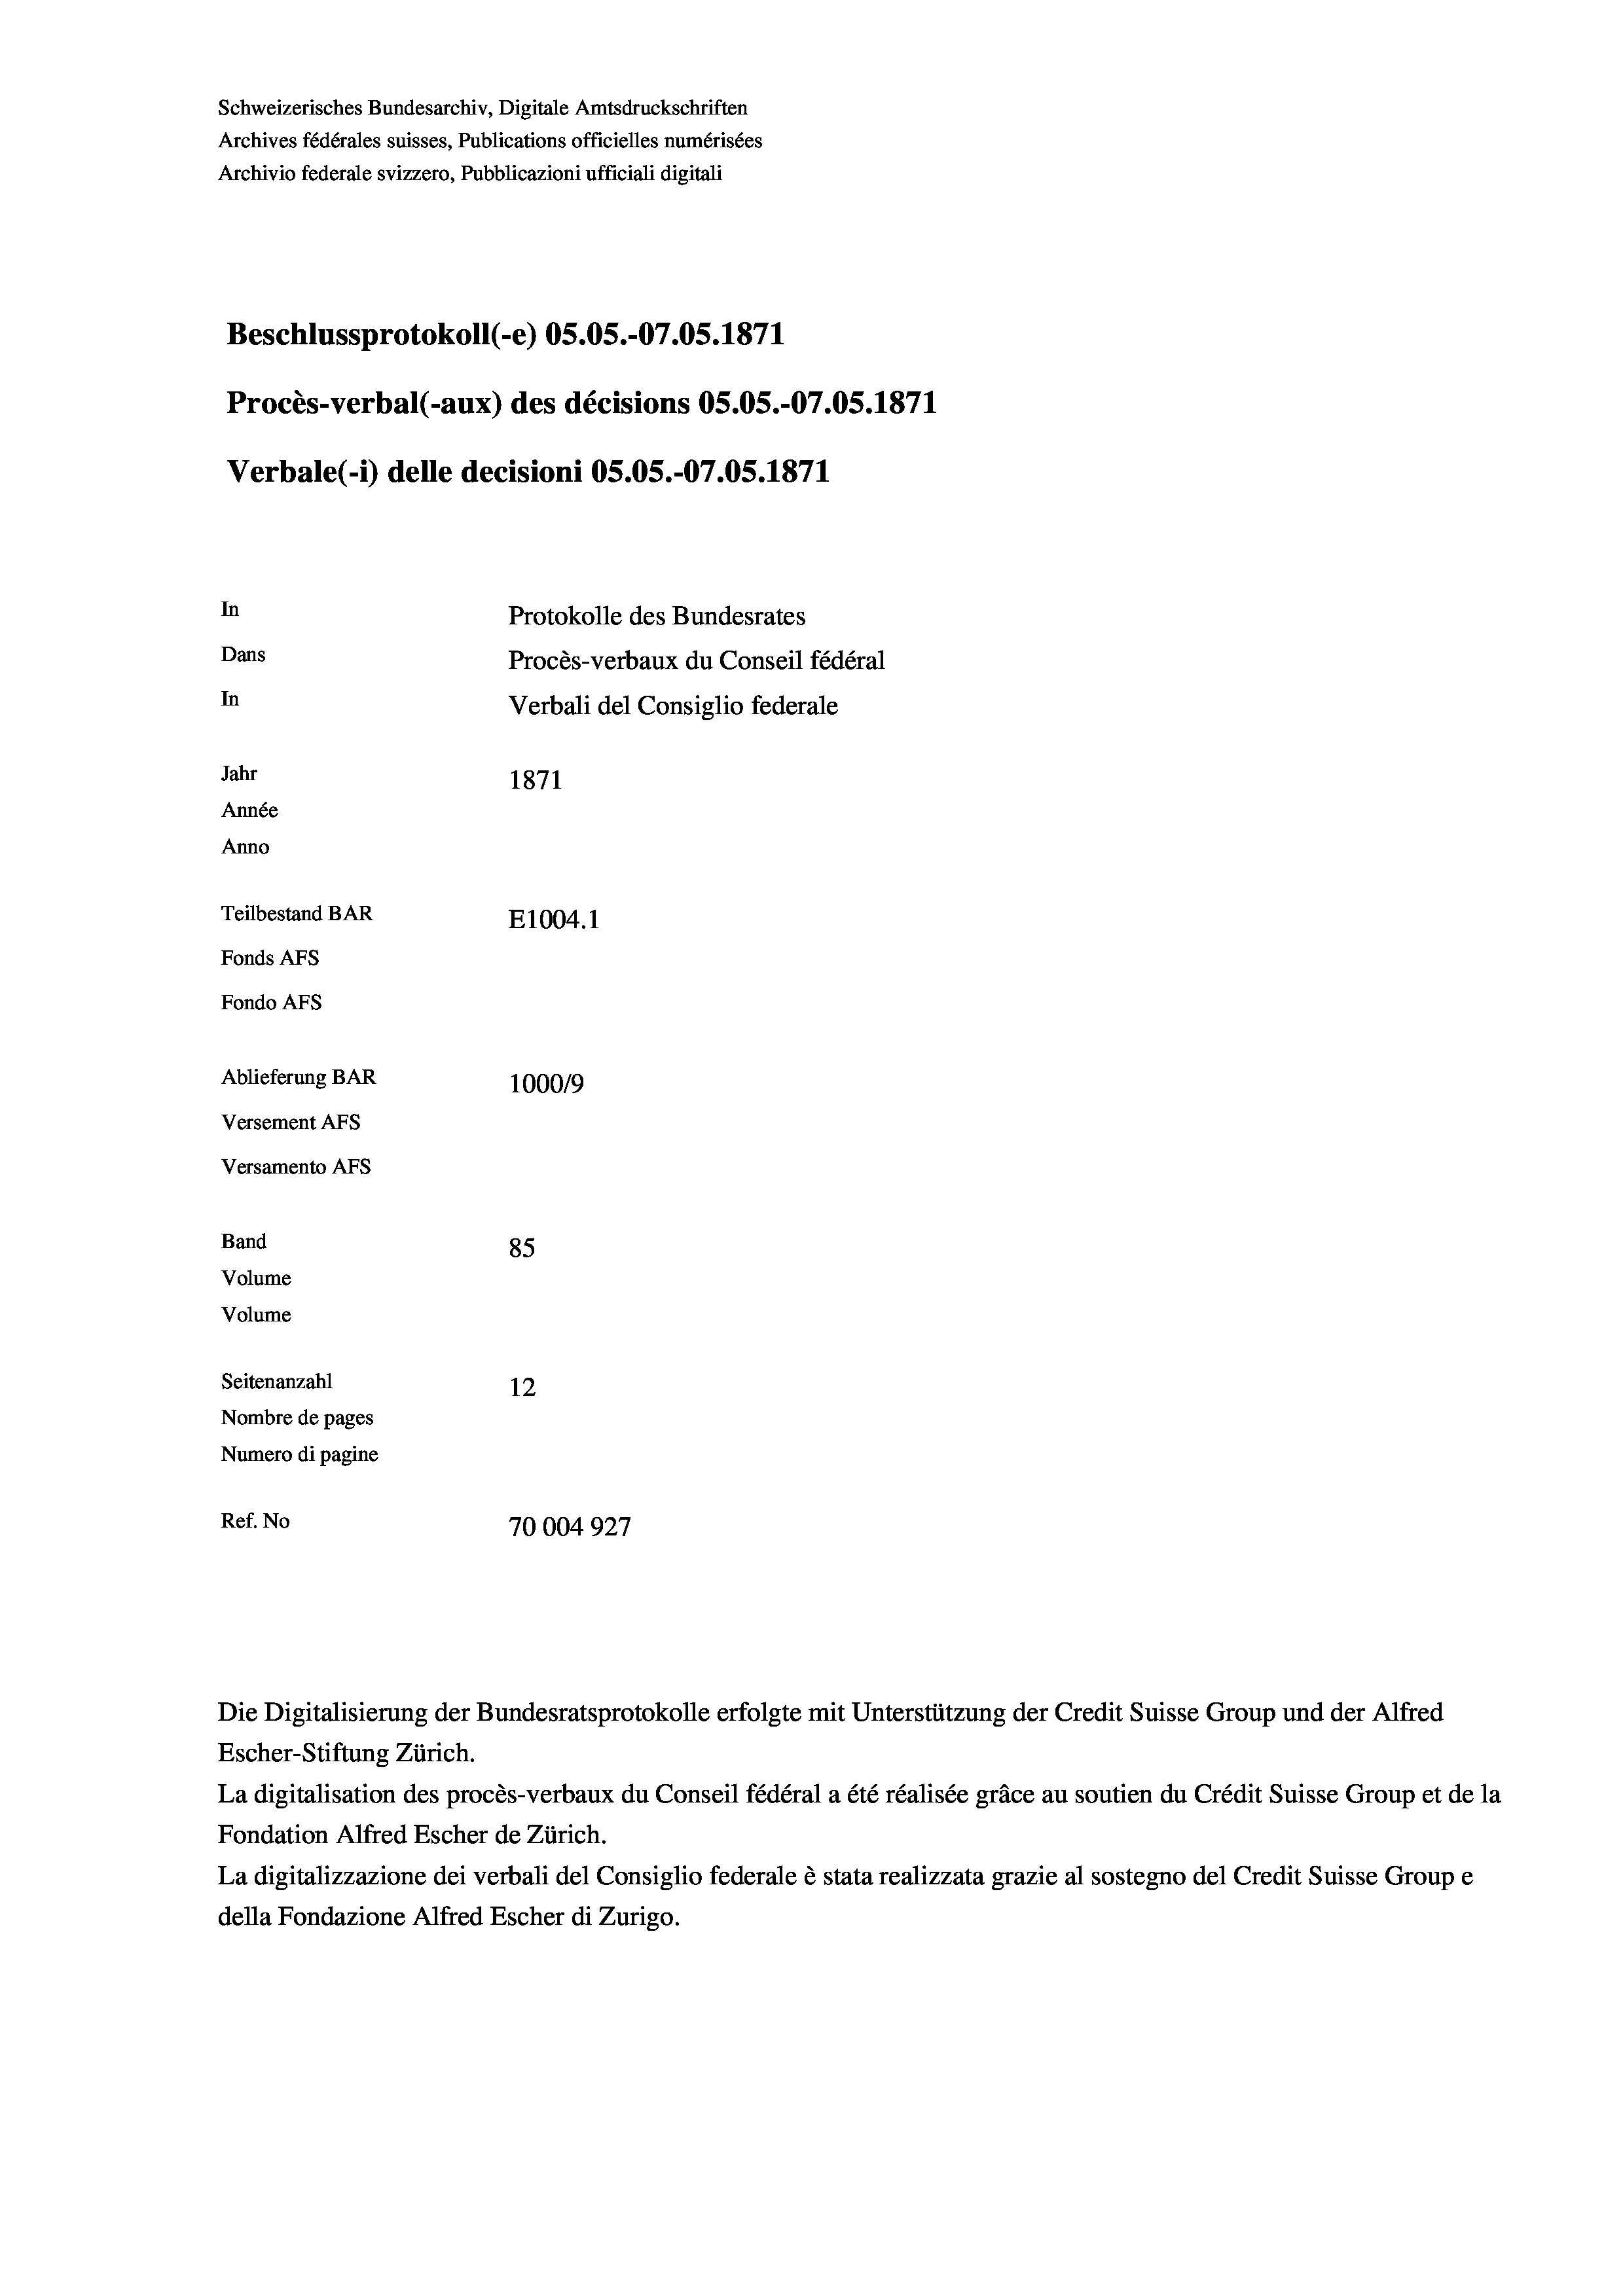
Schweizerisches Bundesarchiv, Digitale Amtsdruckschriften
Archives fédérales suisses, Publications officielles numérisées
Archivio federale svizzero, Pubblicazioni ufficiali digitali
Beschlussprotokoll (-e) OS.05.-O7.05. 1871
Procès-verbal (-aux) des décisions OS.OS.-O7.05. 1871
Verbale (1) delle decisioni OS.OS.-O7.05. 1871
In
Protokolle des Bundesrates
Dans
Procès-verbaux du Conseil fédéral
In
Verbali del Consiglio federale
Jahr
1871
Année
Anno
Teilbestand BAR
E1004. 1
Fonds Afs
Fondo AFS
Ablieferung BAR
100019
Versement AFs
Versamento AFs
Band
85
Volume
Volume
Seitenanzahl
12
Nombre de pages
Numero di pagine
Ref. No
10004927

Escher-Stiftung Zürich.
La digitalisation des procès-verbaux du Conseil fédéral a été réalisée gräce au soutien du Crédit Suisse Group et de la
Fondation Alfred Escher de Zürich.
La digitalizzazione dei verbali del Consiglio federale è stata realizzata grazie al sostegno del Credit Suisse Groupe
della Fondazione Alfred Escher di Zurigo.

Die Digitalisierung der Bundesratsprotokolle erfolgte mit Unterstützung der Credit Suisse Group und der Alfred